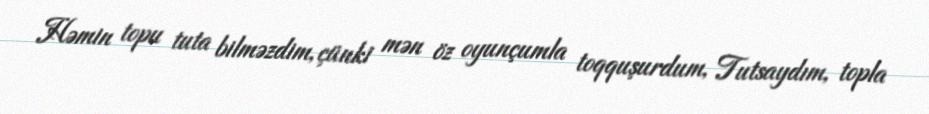
Həmin topu tuta bilməzdim, çünki mən öz oyunçumla toqquşurdum, Tutsaydım, topla